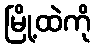
မြို့ထဲကို